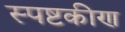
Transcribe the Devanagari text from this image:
स्पष्टकीण